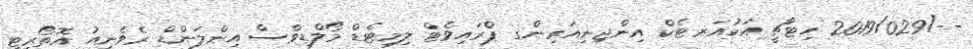
--/2019/029 ހިޓާޗީ އަކުއަރ-ޓެކް އިންޖިނިއަރިންގ ޕްރައިވެޓް ލިމިޓެޑް މޯލްޑިވްސް އިންލަންޑް ރެވެނިއު އޮތޯރިޓީ